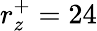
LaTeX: r_{z}^{+}=24